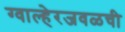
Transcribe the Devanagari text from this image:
ग्वाल्हेरजवळची